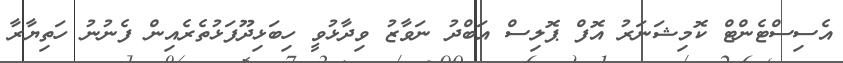
އެސިސްޓެންޓް ކޮމިޝަނަރު އޮފް ޕޮލިސް އަބްދު ނަވާޒު ވިދާޅުވީ ހިބަޅިދޫފަޅުތެރެއިން ފެނުނު ހަތިޔާރާ